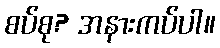
စပ်စု? အနားကပ်ပါ။